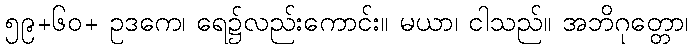
၅၉+၆၀+ ဥဒကေ၊ ရေ၌လည်းကောင်း။ မယာ၊ ငါသည်။ အဘိဂုတ္တော၊